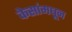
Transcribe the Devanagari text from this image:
केसांमधून